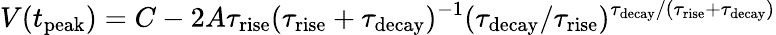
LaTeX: V(t_{\mathrm{peak}})=C-2A\tau_{\mathrm{rise}}(\tau_{\mathrm{rise}}+\tau_{\mathrm{decay}})^{-1}(\tau_{\mathrm{decay}}/\tau_{\mathrm{rise}})^{\tau_{\mathrm{decay}}/(\tau_{\mathrm{rise}}+\tau_{\mathrm{decay}})}